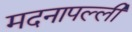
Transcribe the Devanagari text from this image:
मदनापल्ली